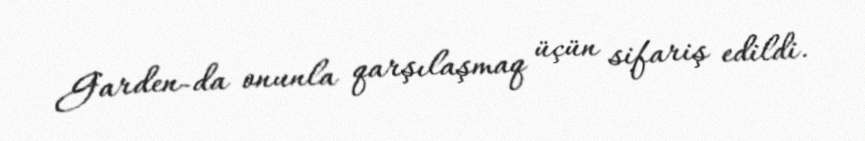
Garden-da onunla qarşılaşmaq üçün sifariş edildi.